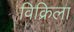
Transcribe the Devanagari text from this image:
विक्रिला